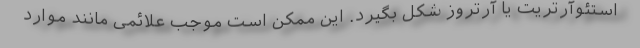
استئوآرتریت یا آرتروز شکل بگیرد. این ممکن است موجب علائمی مانند موارد